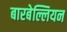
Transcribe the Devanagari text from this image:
बारबेल्लियन